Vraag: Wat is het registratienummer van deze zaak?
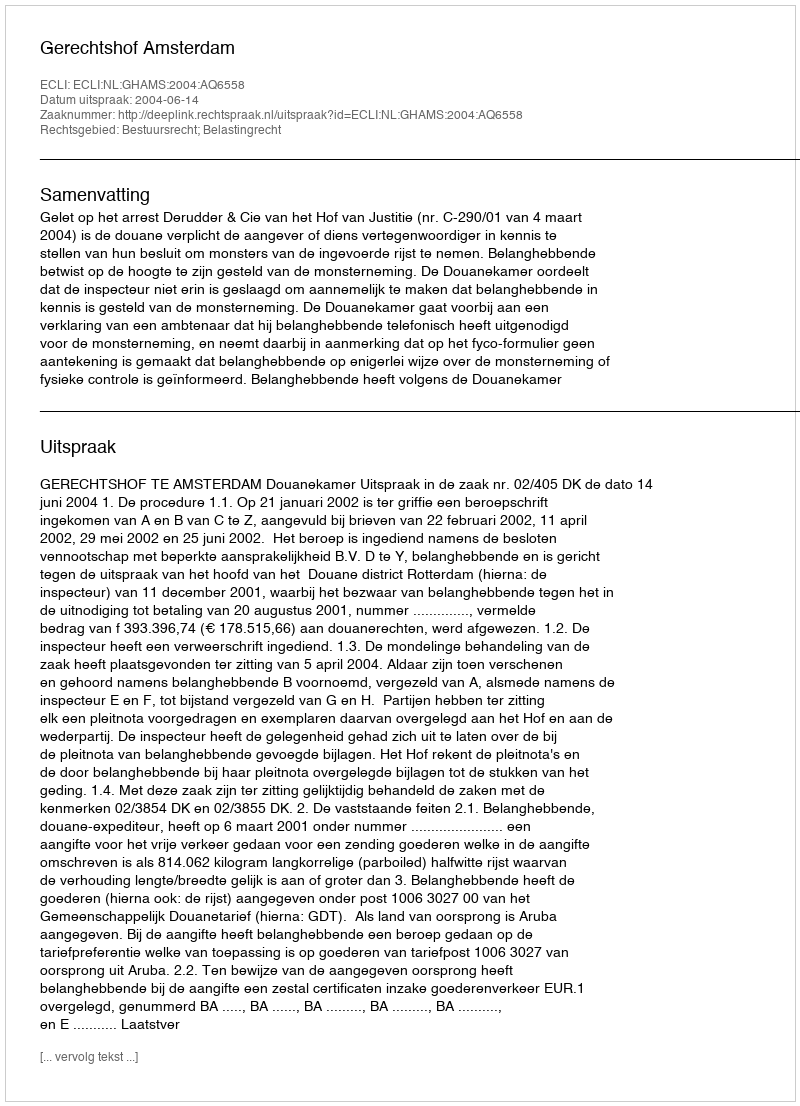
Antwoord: http://deeplink.rechtspraak.nl/uitspraak?id=ECLI:NL:GHAMS:2004:AQ6558